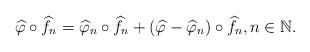
LaTeX: \begin{align*}\widehat{\varphi}\circ\widehat{f}_{n}=\widehat{\varphi}_{n}\circ\widehat{f}_{n}+\left(\widehat{\varphi}-\widehat{\varphi}_{n}\right)\circ\widehat{f}_{n} , n\in \mathbb{N}. \end{align*}